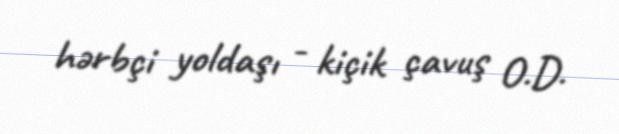
hərbçi yoldaşı - kiçik çavuş O.D.